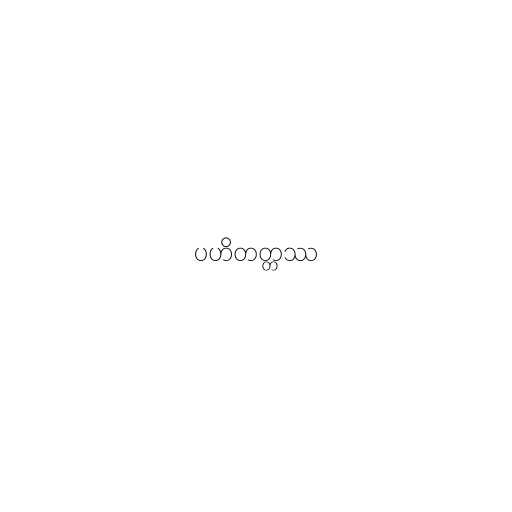
ပဟိတတ္တဿ